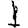
Digit: 1